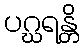
ပဂ္ဃရန္တိ